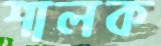
শালক